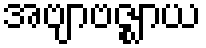
အဗျာဗဇ္ဈာယ